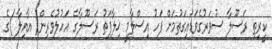
ކީރިތި ރަސޫލާ ސުވަރުގެވަޑައިގަތުމަށް ފަހު އިސްލާމީ ޚިލާފަތު ރަސޫލާގެ އަހުލުވެރިން( އާއިލާ )ގެ